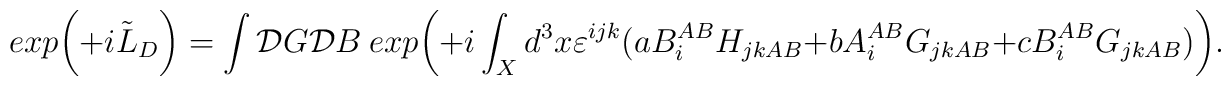
exp\bigg(+i\tilde{L}_{D}\bigg)=\int {\cal D}G{\cal D}B\ exp\bigg(+i\int_{X}d^{3}x\varepsilon^{ijk}(aB_{i}^{AB}H_{jkAB}+bA_{i}^{AB}G_{jkAB}+cB_{i}^{AB}G_{jkAB})\bigg).